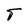
Character: S